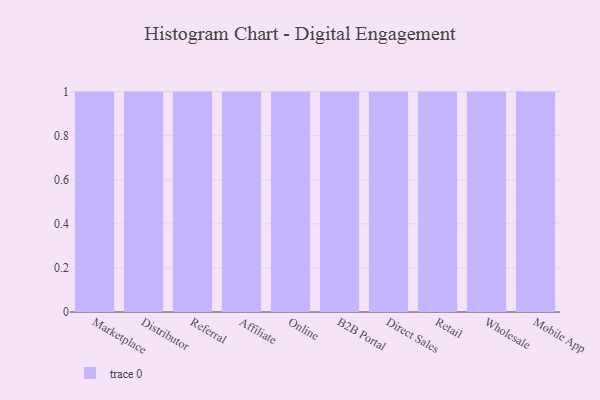
{"axis": {"x": "Channel", "y": "Headcount"}, "legend": [""], "data": [{"x": "Marketplace", "y": 100, "type": ""}, {"x": "Distributor", "y": 91, "type": ""}, {"x": "Referral", "y": 7, "type": ""}, {"x": "Affiliate", "y": 67, "type": ""}, {"x": "Online", "y": 57, "type": ""}, {"x": "B2B Portal", "y": 17, "type": ""}, {"x": "Direct Sales", "y": 62, "type": ""}, {"x": "Retail", "y": 38, "type": ""}, {"x": "Wholesale", "y": 78, "type": ""}, {"x": "Mobile App", "y": 90, "type": ""}]}